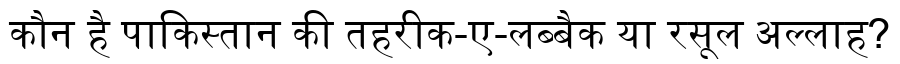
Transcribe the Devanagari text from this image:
कौन है पाकिस्तान की तहरीक-ए-लब्बैक या रसूल अल्लाह?